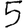
Digit: 5